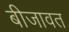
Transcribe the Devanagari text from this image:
बीजावत